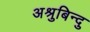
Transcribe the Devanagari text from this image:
अश्रुबिन्दु